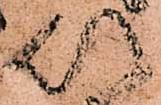
以